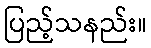
ပြည့်သနည်း။